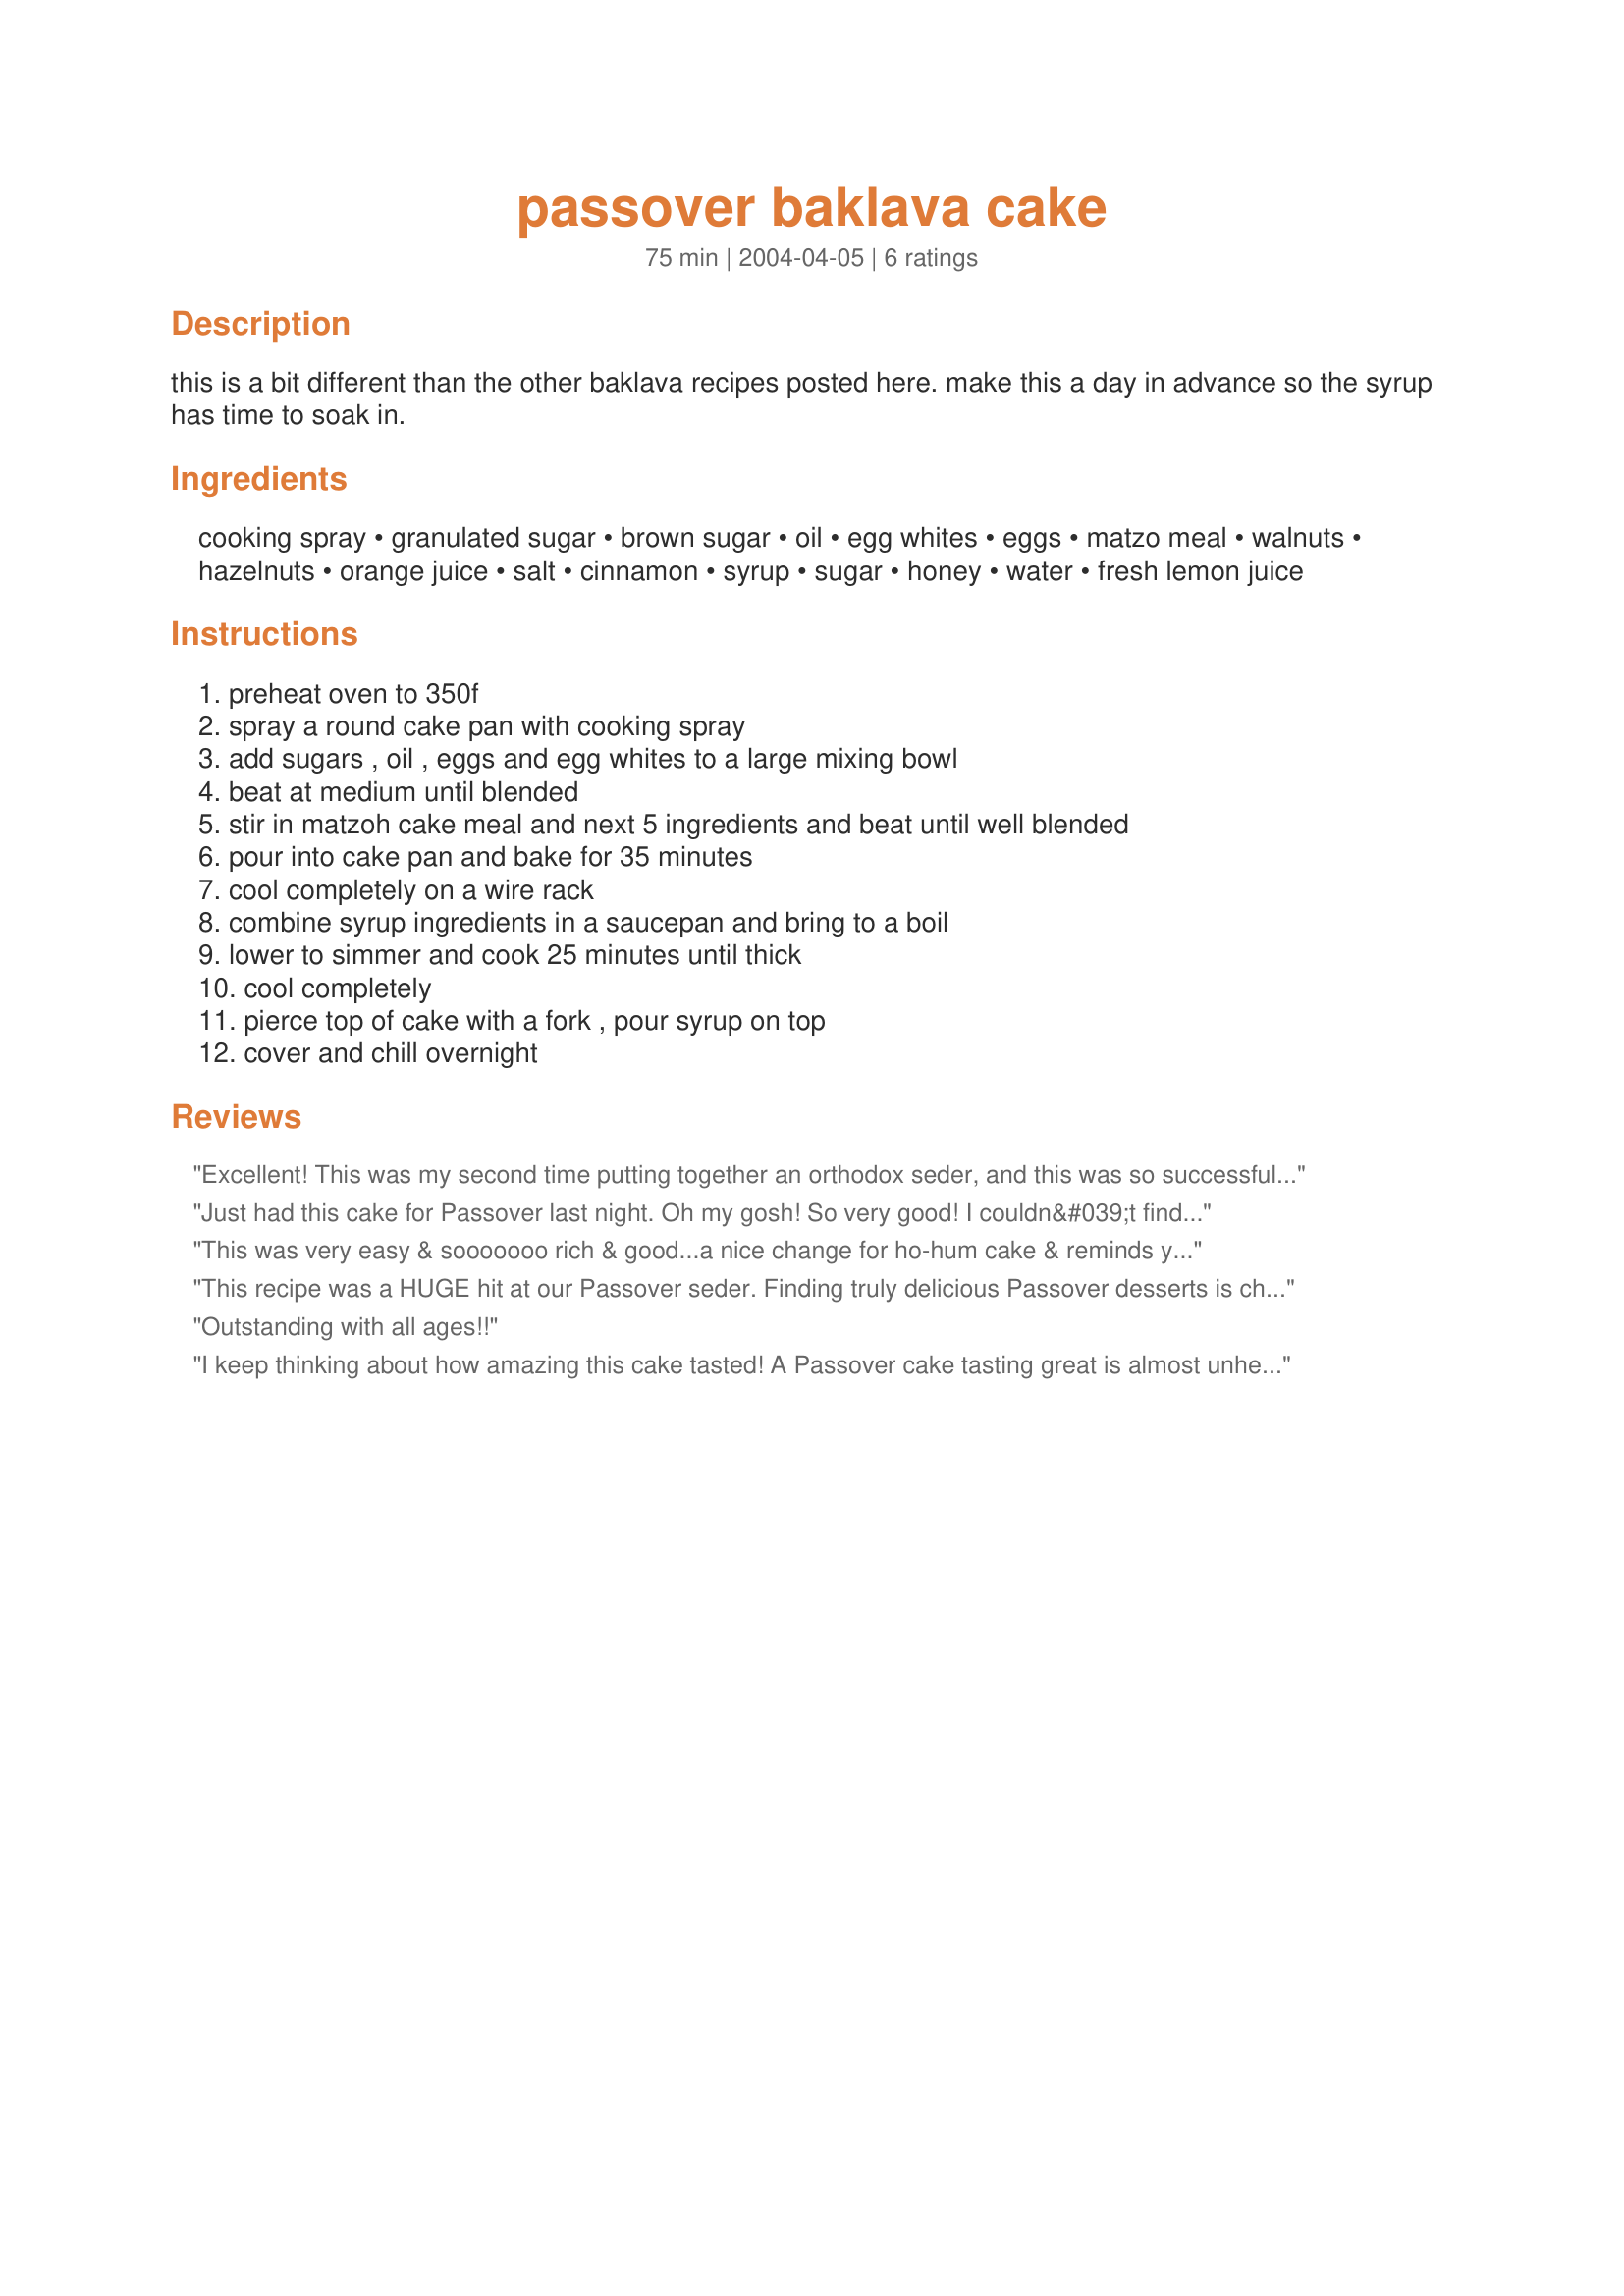
passover baklava cake
Preparation time: 75 minutes

this is a bit different than the other baklava recipes posted here. make this a day in advance so the syrup has time to soak in.

Ingredients:
cooking spray, granulated sugar, brown sugar, oil, egg whites, eggs, matzo meal, walnuts, hazelnuts, orange juice, salt, cinnamon, syrup, sugar, honey, water, fresh lemon juice

Steps:
preheat oven to 350f, spray a round cake pan with cooking spray, add sugars , oil , eggs and egg whites to a large mixing bowl, beat at medium until blended, stir in matzoh cake meal and next 5 ingredients and beat until well blended, pour into cake pan and bake for 35 minutes, cool completely on a wire rack, combine syrup ingredients in a saucepan and bring to a boil, lower to simmer and cook 25 minutes until thick, cool completely, pierce top of cake with a fork , pour syrup on top, cover and chill overnight

Reviews:
Excellent! This was my second time putting together an orthodox seder, and this was so successfull that my mother asked that I bring another one to her birthday! Thanks, chia!
Just had this cake for Passover last night. Oh my gosh! So very good! I couldn&#039;t find hazelnuts so I just used candied walnuts. That may make it a little too sweet for some, but my guest just raved over this cake. I can see myself using the syrup recipe for this cake for other desserts as well. This is a keeper!
This was very easy & sooooooo rich & good...a nice change for ho-hum cake & reminds you so much of traditional Baklava
Glad I tried it.
This recipe was a HUGE hit at our Passover seder. Finding truly delicious Passover desserts is challenging to say the least. Everyone ooooooh'd and ahhhhh'd over this one, though. It was very easy to make, too. Definitely a keeper!!
Outstanding with all ages!!
I keep thinking about how amazing this cake tasted! A Passover cake tasting great is almost unheard of, but you succeeded with this cake. Very easy to make! The syrup makes the cake extremely moist and delicious.
